Senior Leaving Certificate Examination (including Day School Certificate (Higher) General paper), 1949
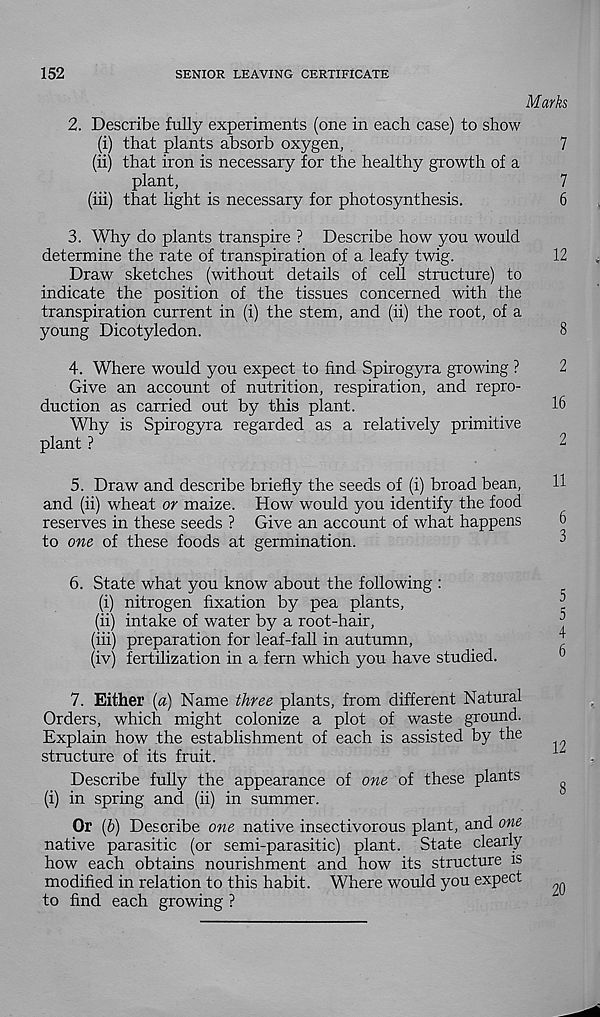
152
SENIOR LEAVING CERTIFICATE
Marks
2. Describe fully experiments (one in each case) to show
(i) that plants absorb oxygen,
(ii) that iron is necessary for the healthy growth of a
plant,
(iii) that light is necessary for photosynthesis.
3. Why do plants transpire ? Describe how you would
determine the rate of transpiration of a leafy twig.
Draw sketches (without details of cell structure) to
indicate the position of the tissues concerned with the
transpiration current in (i) the stem, and (ii) the root, of a
young Dicotyledon.
4. Where would you expect to find Spirogyra growing ?
Give an account of nutrition, respiration, and repro-
duction as carried out by this plant.
Why is Spirogyra regarded as a relatively primitive
plant ?
5. Draw and describe briefly the seeds of (i) broad bean,
and (ii) wheat or maize. How would you identify the food
reserves in these seeds ? Give an account of what happens
to one of these foods at germination.
6. State what you know about the following :
(i) nitrogen fixation by pea plants,
(ii) intake of water by a root-hair,
(iii) preparation for leaf-fail in autumn,
(iv) fertilization in a fern which you have studied.
7. Either {a) Name three plants, from different Natural
Orders, which might colonize a plot of waste ground.
Explain how the establishment of each is assisted by the
structure of its fruit.
Describe fully the appearance of one of these plants
(i) in spring and (ii) in summer.
Or (6) Describe one native insectivorous plant, and one
native parasitic (or semi-parasitic) plant. State clearly
how each obtains nourishment and how its structure is
modified in relation to this habit. Where would you expect
to find each growing ?
12
2
16
2
11
6
3
12
20